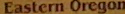
Eastern Oregon